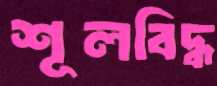
শূলবিদ্ধ